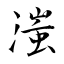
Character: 滍